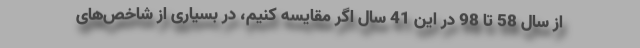
از سال 58 تا 98 در این 41 سال اگر مقایسه کنیم، در بسیاری از شاخص‌های